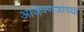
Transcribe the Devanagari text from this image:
आजेपणजांच्या